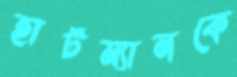
হার্টম্যানকে